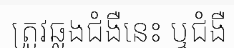
ត្រូវឆ្លងជំងឺនេះ ឬជំងឺ